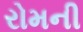
રોમની